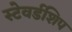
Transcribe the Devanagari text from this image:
स्टेवर्डशिप